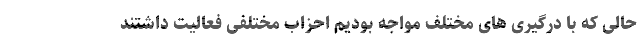
حالی که با درگیری های مختلف مواجه بودیم احزاب مختلفی فعالیت داشتند